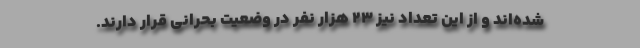
شده‌اند و از این تعداد نیز ۲۳ هزار نفر در وضعیت بحرانی قرار دارند.